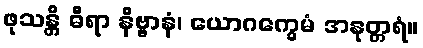
ဖုသန္တိ ဓီရာ နိဗ္ဗာနံ၊ ယောဂက္ခေမံ အနုတ္တရံ။